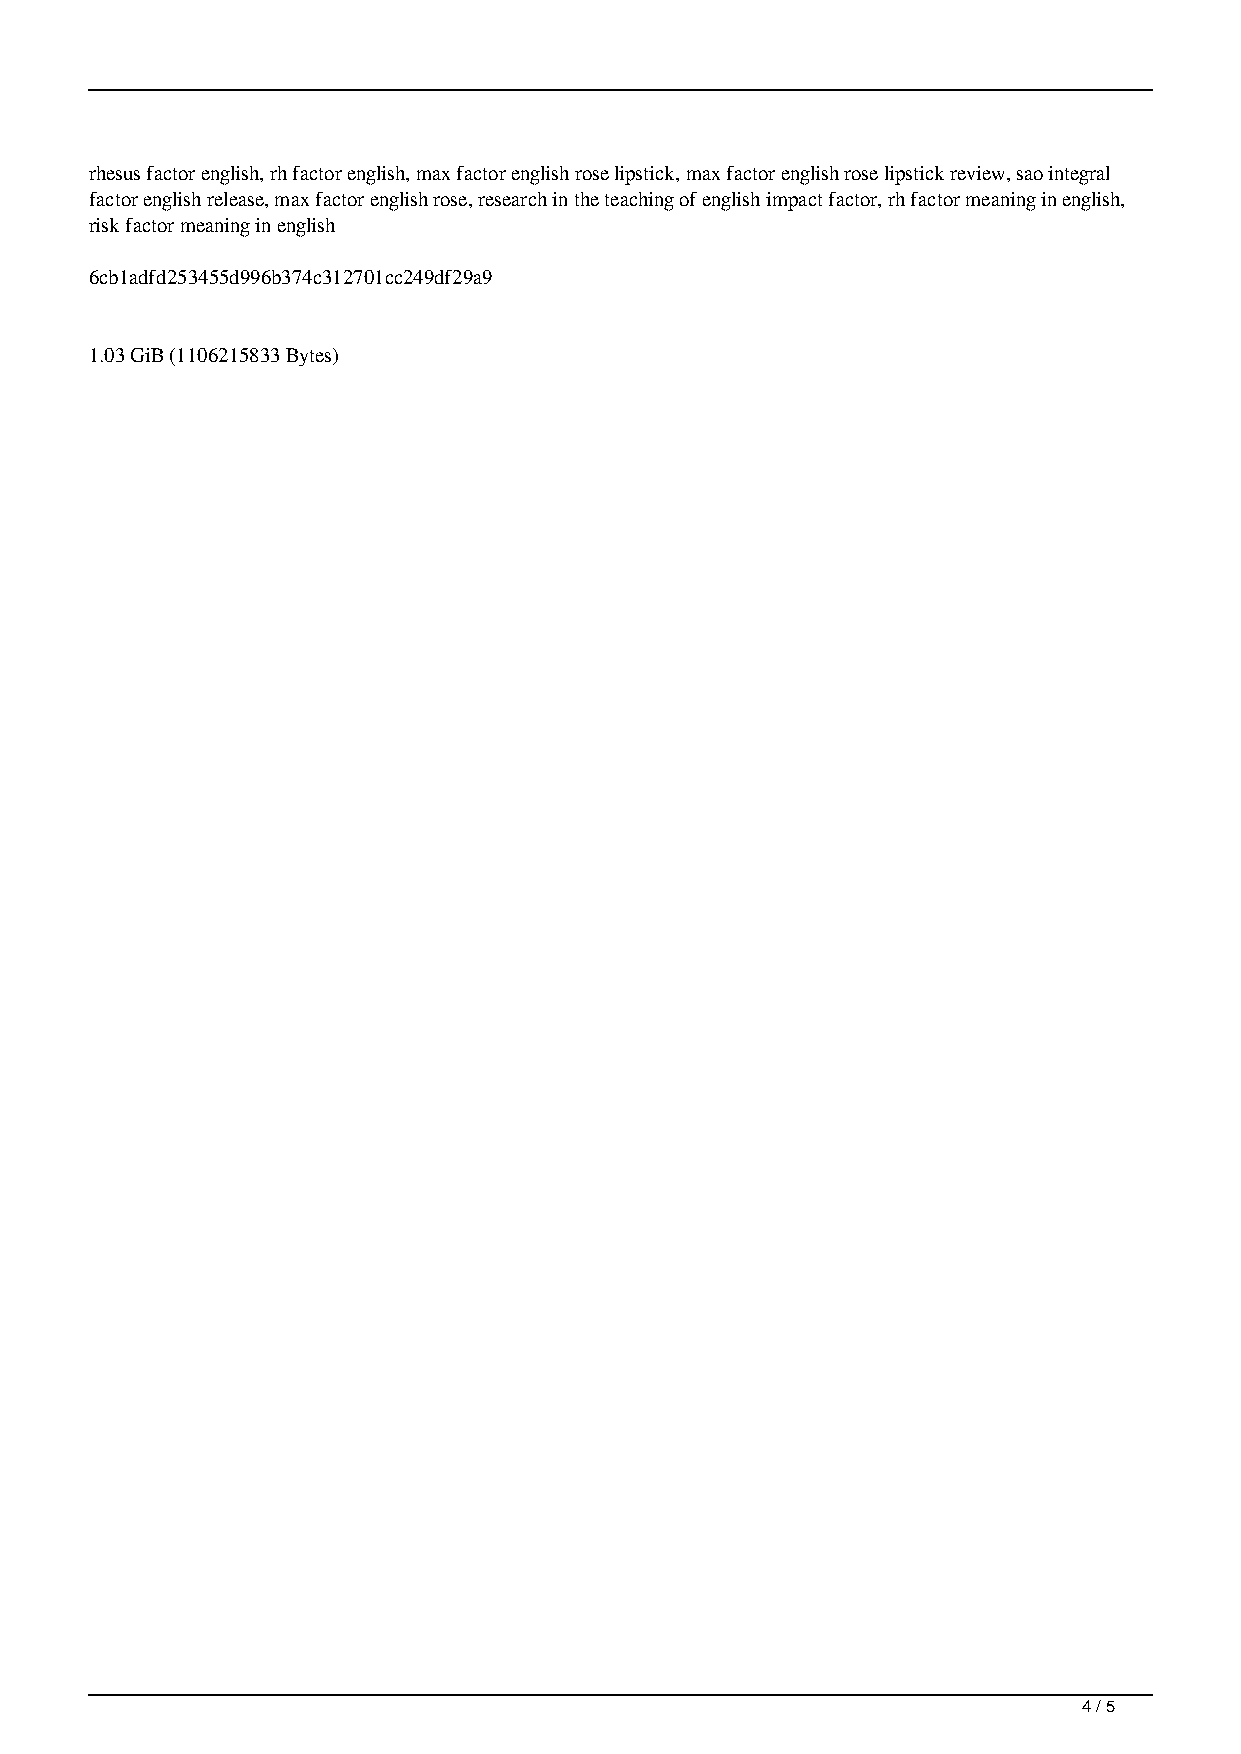
rhesus factor english, rh factor english, max factor english rose lipstick, max factor english rose lipstick review, sao integral
 factor english release, max factor english rose, research in the teaching of english impact factor, rh factor meaning in english,
 risk factor meaning in english
 6cb1adfd253455d996b374c312701cc249df29a9
 1.03 GiB (1106215833 Bytes)
 4 / 5